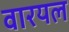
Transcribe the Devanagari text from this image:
वारयल